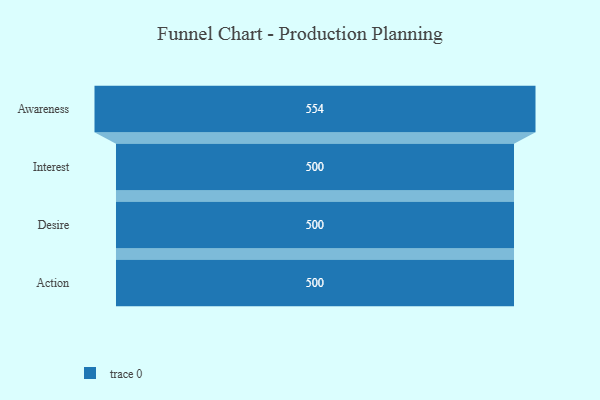
{"axis": {"x": "Stage", "y": "Value"}, "legend": [""], "data": [{"x": "Awareness", "y": 554.0, "type": ""}, {"x": "Interest", "y": 500, "type": ""}, {"x": "Desire", "y": 500, "type": ""}, {"x": "Action", "y": 500, "type": ""}]}